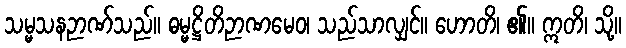
သမ္မသနဉာဏ်သည်။ ဓမ္မဋ္ဌိတိဉာဏမေဝ၊ သည်သာလျှင်။ ဟောတိ၊ ၏။ ဣတိ၊ သို့။